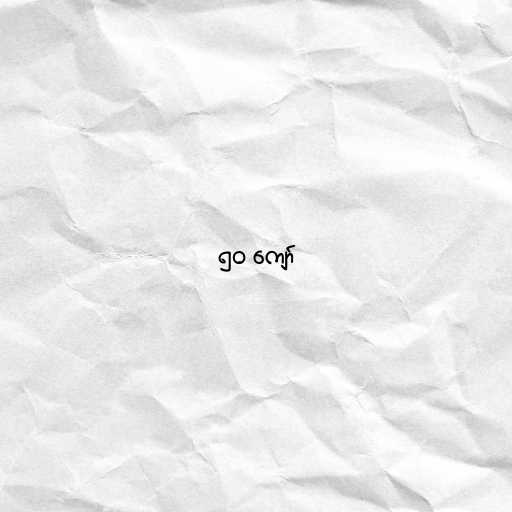
၅၀ ကျော်